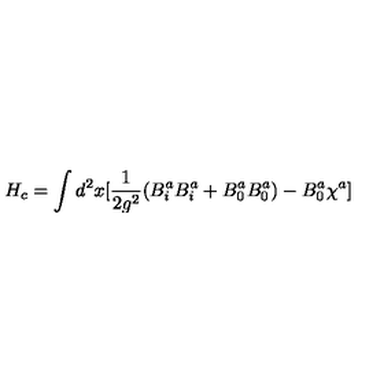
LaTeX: H _ { c } = \int d ^ { 2 } x [ \frac { 1 } { 2 g ^ { 2 } } ( B _ { i } ^ { a } B _ { i } ^ { a } + B _ { 0 } ^ { a } B _ { 0 } ^ { a } ) - B _ { 0 } ^ { a } \chi ^ { a } ]